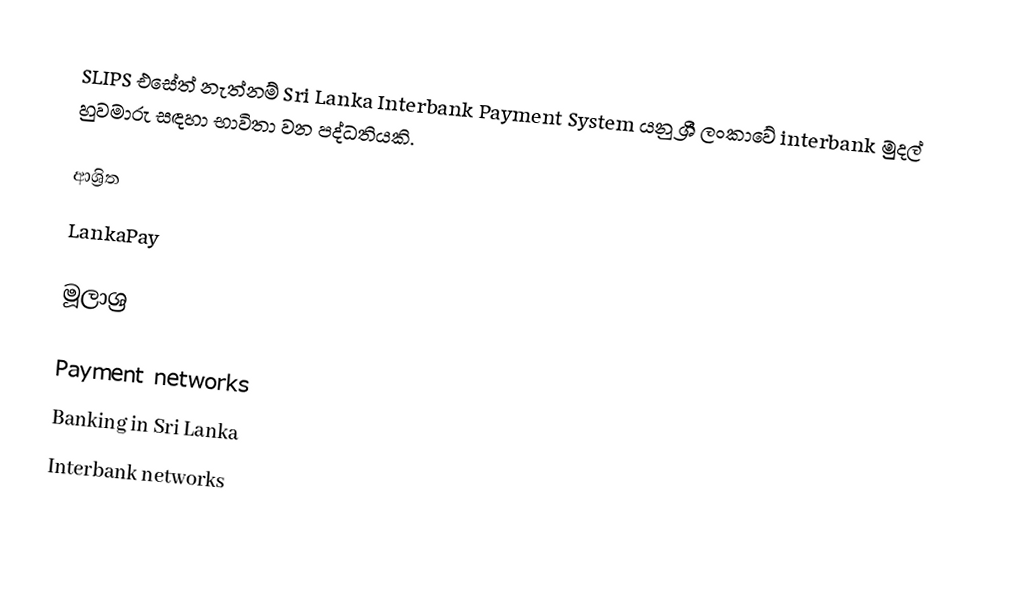
SLIPS එසේත් නැත්නම් Sri Lanka Interbank Payment System යනු ශ්‍රී ලංකාවේ interbank මුදල් හුවමාරු සඳහා භාවිතා වන පද්ධතියකි.

ආශ්‍රිත
 LankaPay

මූලාශ්‍ර

Payment networks
Banking in Sri Lanka
Interbank networks